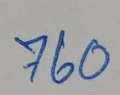
760